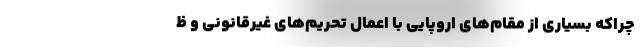
چراکه بسیاری از مقام‌های اروپایی با اعمال تحریم‌های غیرقانونی و ظ